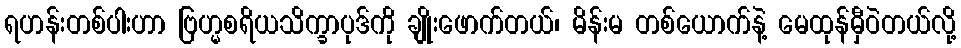
ရဟန်းတစ်ပါးဟာ ဗြဟ္မစရိယသိက္ခာပုဒ်ကို ချိုးဖောက်တယ်၊ မိန်းမ တစ်ယောက်နဲ့ မေထုန်မှီဝဲတယ်လို့